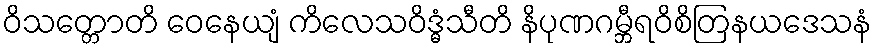
ဝိသတ္တောတိ ဝေနေယျံ ကိလေသဝိဒ္ဓံသီတိ နိပုဏဂမ္ဘီရဝိစိတြနယဒေသနံ